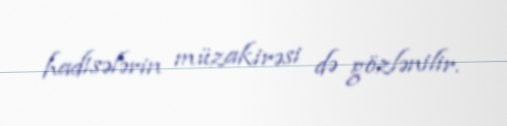
hadisələrin müzakirəsi də gözlənilir.